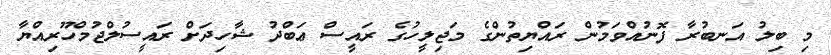
މި ބިލު އަނބުރާ ފޮނުއްވަމުން ރައްޔިތުންގެ މަޖިލީހުގެ ރައީސް ޢަބްދު ޝާހިދަށް ރައީސުލްޖުމްހޫރިއްޔާ